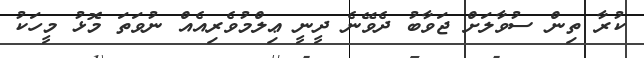
ކުރާ ތިން ސުވާލަށް ޖަވާބު ދެވޭނެ ދީނީ ޢިލްމުވެރިއެއް ނުވަތަ މޮޅު މީހަކު